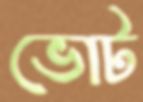
ভোট